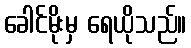
ခေါင်မိုးမှ ရေယိုသည်။